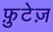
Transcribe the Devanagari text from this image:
फ़ुटेज़